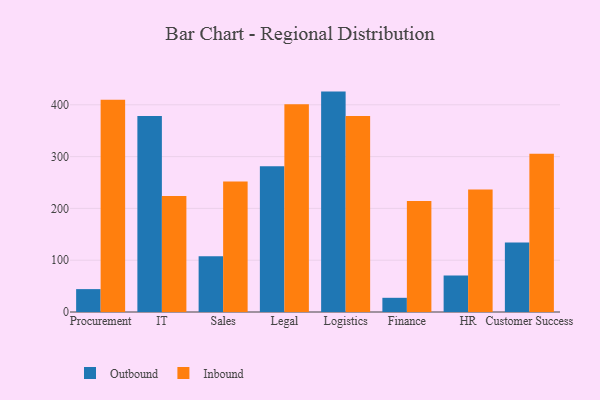
{"axis": {"x": "Department", "y": "Humidity (%)"}, "legend": ["Inbound", "Outbound"], "data": [{"x": "Procurement", "y": 44.2, "type": "Outbound"}, {"x": "Procurement", "y": 410.0, "type": "Inbound"}, {"x": "IT", "y": 378.3, "type": "Outbound"}, {"x": "IT", "y": 224.1, "type": "Inbound"}, {"x": "Sales", "y": 107.4, "type": "Outbound"}, {"x": "Sales", "y": 251.7, "type": "Inbound"}, {"x": "Legal", "y": 281.3, "type": "Outbound"}, {"x": "Legal", "y": 401.2, "type": "Inbound"}, {"x": "Logistics", "y": 425.5, "type": "Outbound"}, {"x": "Logistics", "y": 378.2, "type": "Inbound"}, {"x": "Finance", "y": 27.4, "type": "Outbound"}, {"x": "Finance", "y": 214.3, "type": "Inbound"}, {"x": "HR", "y": 70.7, "type": "Outbound"}, {"x": "HR", "y": 236.7, "type": "Inbound"}, {"x": "Customer Success", "y": 134.4, "type": "Outbound"}, {"x": "Customer Success", "y": 305.6, "type": "Inbound"}]}